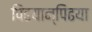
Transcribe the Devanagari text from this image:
पिढयान्‌पिढया